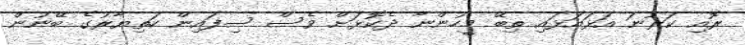
ރޮއި ކަރުނަ އަޅައަޅައި ތިބޭ މީހުންނާ ދެކޮޅަށް ވެސް ސިފައިން ހަތިޔާރުގެ ބޭނުން